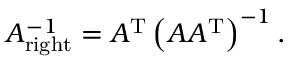
A _ { \mathrm { r i g h t } } ^ { - 1 } = A ^ { \mathrm { T } } \left( A A ^ { \mathrm { T } } \right) ^ { - 1 } .